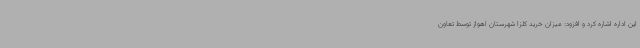
این اداره اشاره کرد و افزود: میزان خرید کلزا شهرستان اهواز توسط تعاون